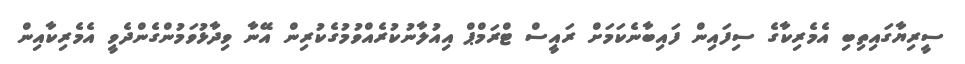
ސީރިިޔާގައިތިބި އެމެރިކާގެ ސިފައިން ފައިބާނެކަމަށް ރައީސް ޓްރަމްޕް އިއުލާނުކުރެއްވުމުގެކުރިން އޭނާ ވިދާޅުވަމުންގެންދެވީ އެމެރިކާއިން